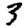
Digit: 3